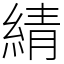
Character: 綪